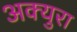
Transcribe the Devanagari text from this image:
अक्युरा